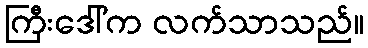
ကြီးဒေါ်က လက်သာသည်။